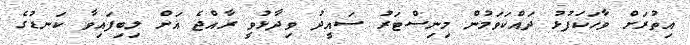
އިތުރަށް ވާހަކަފުޅު ދައްކަވަމުން މިނިސްޓަރު ސައީދު ވިދާޅުވީ ރާއްޖެ އަށް ލިބިފައިވާ ކަނޑުގެ